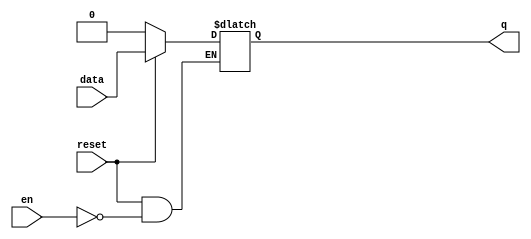
//-----------------------------------------------------
// Design Name : dlatch_reset
// Function    : DLATCH async reset
// Coder       : Deepak Kumar Tala
//-----------------------------------------------------
module dlatch_reset (
data   , // Data Input
en     , // LatchInput
reset  , // Reset input
q        // Q output
);
//-----------Input Ports---------------
input data, en, reset ; 

//-----------Output Ports---------------
output q;

//------------Internal Variables--------
reg q;

//-------------Code Starts Here---------
always @ ( en or reset or data)
if (~reset) begin
  q <= 1'b0;
end else if (en) begin
  q <= data;
end

endmodule //End Of Module dlatch_reset